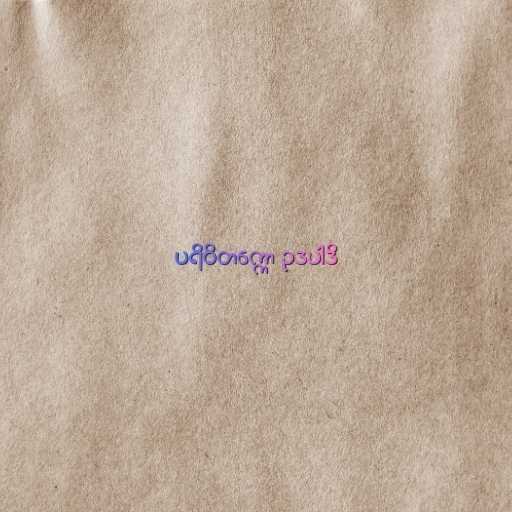
ပရိဝိတက္ကော ဥဒပါဒိ